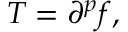
T = \partial ^ { p } f ,